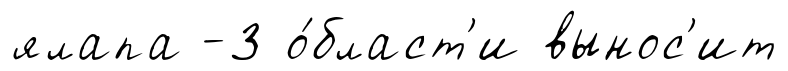
ялапа -3 о́бласт'и вынос'ит